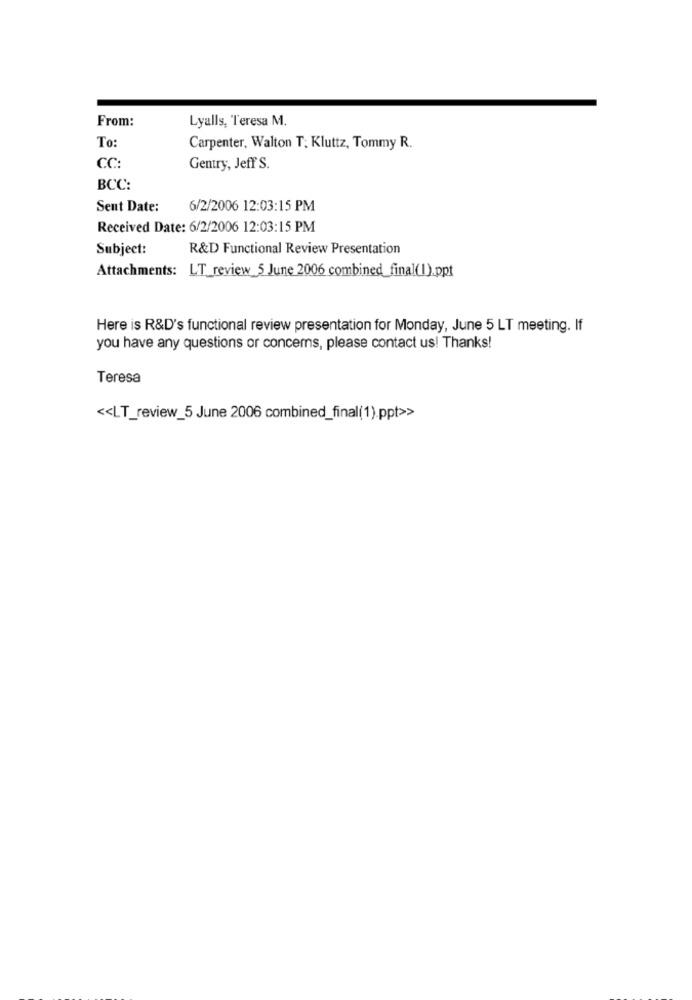
From:
Lyalls, Teresa M.
To:
Carpenter, Walton T: Kluttz, Tommy R.
CC:
Gentry, Jeff S.
BCC:
Sent Date:
6/2/2006 12:03:15 PM
Received Date: 6/2/2006 12:03:15 PM
Subject:
R&D Functional Review Presentation
Attachments: LT_review 5 June 2006 combined_final(I).ppt
Here is R&D's functional review presentation for Monday, June 5 LT meeting. If
you have any questions or concerns, please contact us! Thanks!
Teresa
<< LT_review_5 June 2006 combined_final(1).ppt>>